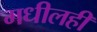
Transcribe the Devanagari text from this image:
मधीलही